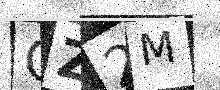
Text: GZ2M